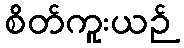
စိတ်ကူးယဉ်